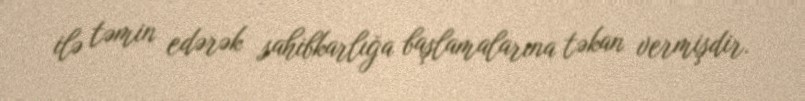
ilə təmin edərək sahibkarlığa başlamalarına təkan vermişdir.